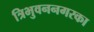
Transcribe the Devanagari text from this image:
त्रिभुवननगरका